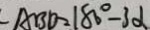
\angle A B D = 1 8 0 ^ { \circ } - 3 \alpha